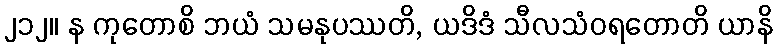
၂၁၂။ န ကုတောစိ ဘယံ သမနုပဿတိ, ယဒိဒံ သီလသံဝရတောတိ ယာနိ